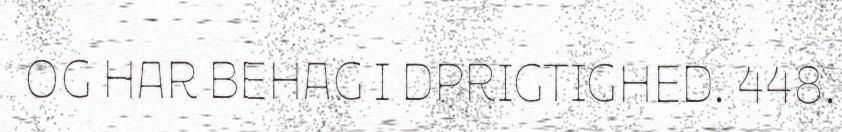
OG HAR BEHAG I DPRIGTIGHED. 448.